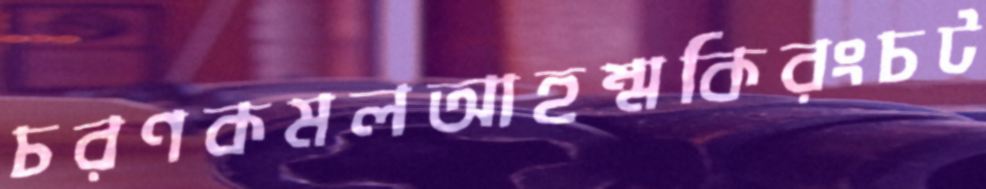
চরণকমলআহম্মকিরংচট